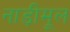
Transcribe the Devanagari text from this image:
नाड़ीमूल